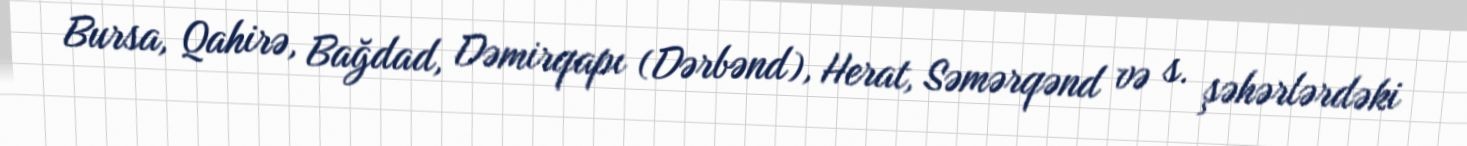
Bursa, Qahirə, Bağdad, Dəmirqapı (Dərbənd), Herat, Səmərqənd və s. şəhərlərdəki